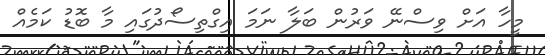
މީހާ އަށް ވިސްނޭ ވަރުން ބަލާ ނަމަ އިގްތިސޯދުގައި މާ ބޮޑު ކަމެއް